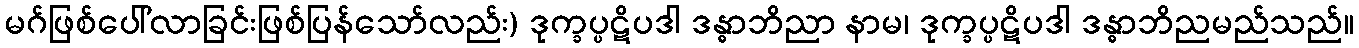
မဂ်ဖြစ်ပေါ်လာခြင်းဖြစ်ပြန်သော်လည်း) ဒုက္ခပ္ပဋိပဒါ ဒန္ဓာဘိညာ နာမ၊ ဒုက္ခပ္ပဋိပဒါ ဒန္ဓာဘိညမည်သည်။